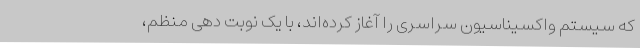
که سیستم واکسیناسیون سراسری را آغاز کرده‌اند، با یک نوبت دهی منظم،